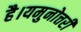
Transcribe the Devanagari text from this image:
है।यमुनोत्तरी